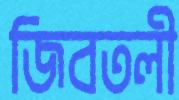
জিবতলী